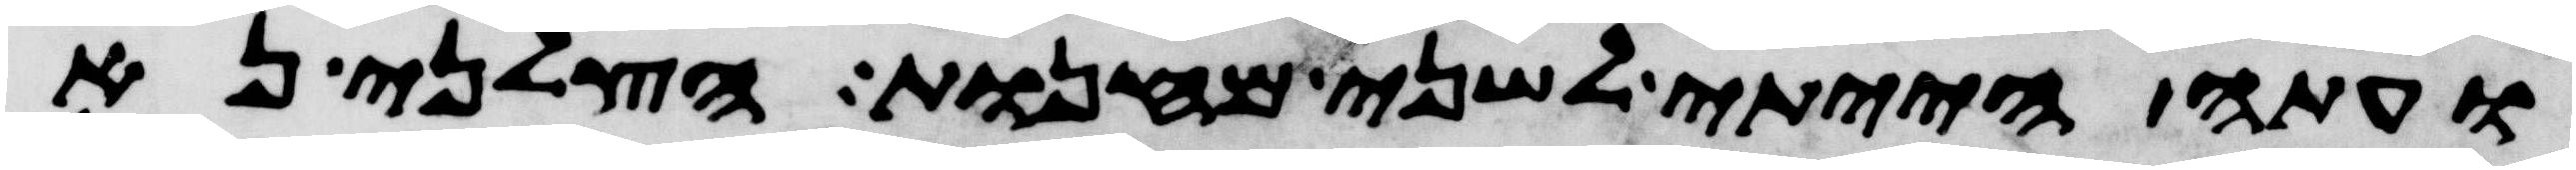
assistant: ועתה הייתי לשני מחנות הצלני נא